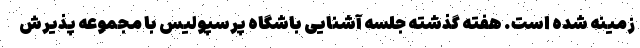
زمینه شده است. هفته گذشته جلسه آشنایی باشگاه پرسپولیس با مجموعه پذیرش